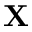
\mathbf { X }